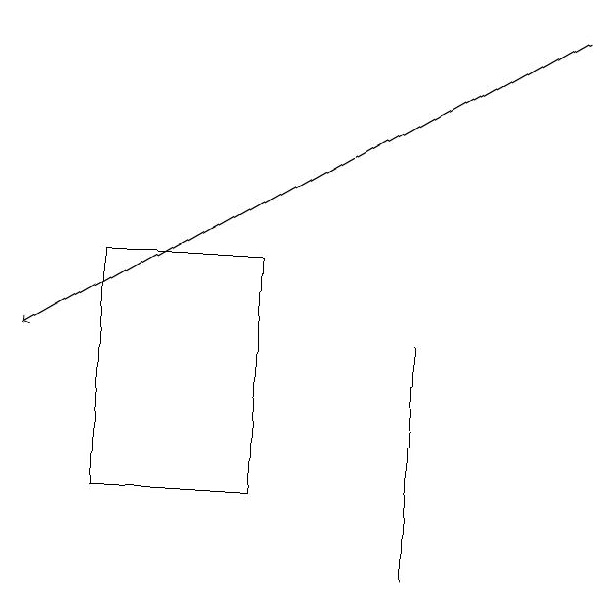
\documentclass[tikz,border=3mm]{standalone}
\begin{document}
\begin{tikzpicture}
\draw[->] (8,19) -- (1,15);
\draw (4,13) rectangle (2,16);
\draw (6,15) rectangle (6,12);
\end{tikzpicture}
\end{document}